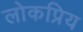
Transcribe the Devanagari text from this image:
लोकप्रिय